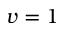
v = 1